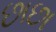
છાછા